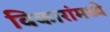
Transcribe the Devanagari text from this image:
विकारांमध्ये